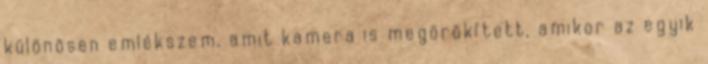
különösen emlékszem, amit kamera is megörökített, amikor az egyik